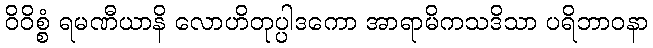
ဝိဝိစ္စံ ရမဏီယာနိ လောဟိတုပ္ပါဒကော အာရာမိကသဒိသာ ပရိဘာဝနာ